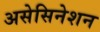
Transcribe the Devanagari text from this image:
असेसिनेशन